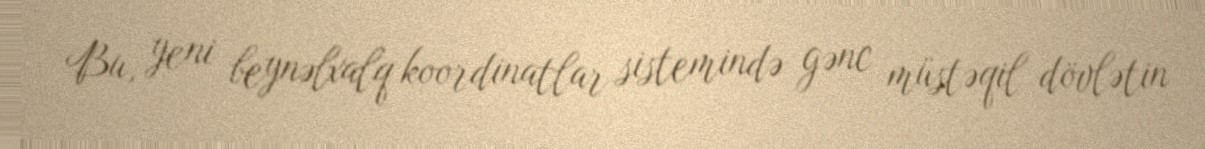
Bu, yeni beynəlxalq koordinatlar sistemində gənc müstəqil dövlətin